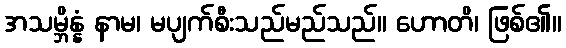
အသမ္ဘိန္နံ နာမ၊ မပျက်စီးသည်မည်သည်။ ဟောတိ၊ ဖြစ်၏။